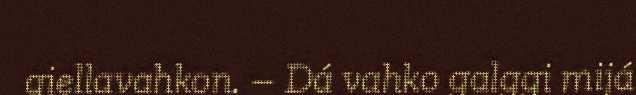
giellavahkon. – Dá vahko galggi mijá